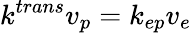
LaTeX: k^{trans}v_{p}=k_{ep}v_{e}